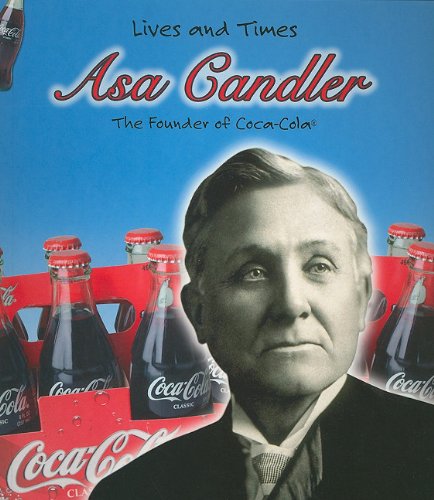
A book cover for Asa Candler (Lives And Times); Rebecca Vickers; Crafts, Hobbies & Home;